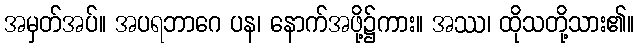
အမှတ်အပ်။ အပရဘာဂေ ပန၊ နောက်အဖို့၌ကား။ အဿ၊ ထိုသတို့သား၏။